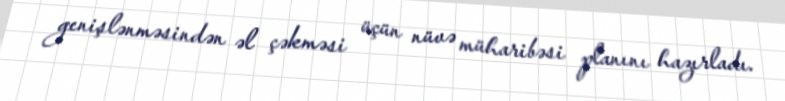
genişlənməsindən əl çəkməsi üçün nüvə müharibəsi planını hazırladı.